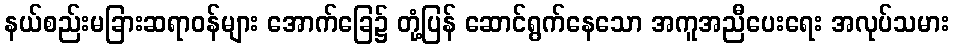
နယ်စည်းမခြားဆရာဝန်များ အောက်ခြေ၌ တုံ့ပြန် ဆောင်ရွက်နေသော အကူအညီပေးရေး အလုပ်သမား